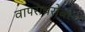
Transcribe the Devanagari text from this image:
वापराबरोबरच